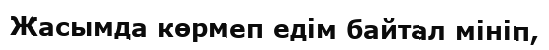
Жасымда көрмеп едім байтал мініп,